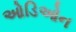
ઓડિઓન